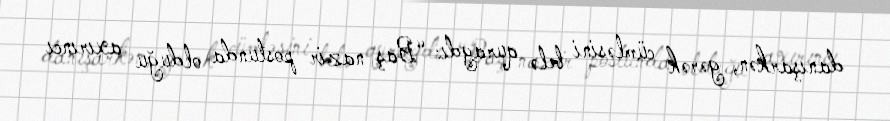
danışarkən, gərək cümləsini belə quraydı: “Baş nazir postunda olduğu axırıncı